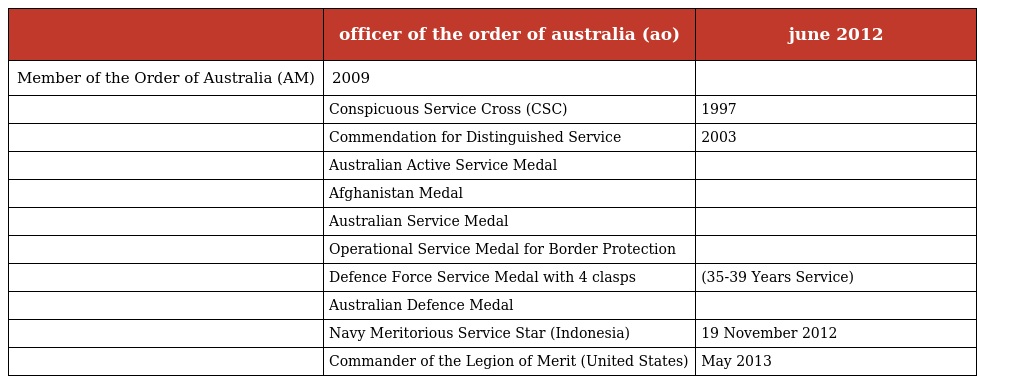
|  | officer of the order of australia (ao) | june 2012 |
 | --- | --- | --- |
 | Member of the Order of Australia (AM) | 2009 |  |
 |  | Conspicuous Service Cross (CSC) | 1997 |
 |  | Commendation for Distinguished Service | 2003 |
 |  | Australian Active Service Medal |  |
 |  | Afghanistan Medal |  |
 |  | Australian Service Medal |  |
 |  | Operational Service Medal for Border Protection |  |
 |  | Defence Force Service Medal with 4 clasps | (35-39 Years Service) |
 |  | Australian Defence Medal |  |
 |  | Navy Meritorious Service Star (Indonesia) | 19 November 2012 |
 |  | Commander of the Legion of Merit (United States) | May 2013 |